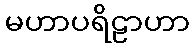
မဟာပရိဠာဟာ